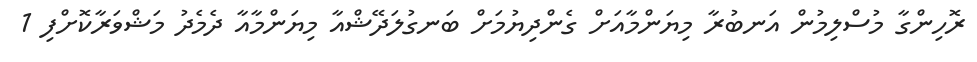
ރޮހިންގާ މުސްލިމުން އަނބުރާ މިޔަންމާއަށް ގެންދިޔުމަށް ބަނގުލަދޭޝްއާ މިޔަންމާއާ ދެމެދު މަޝްވަރާކޮށްފި 1